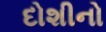
દોશીનો